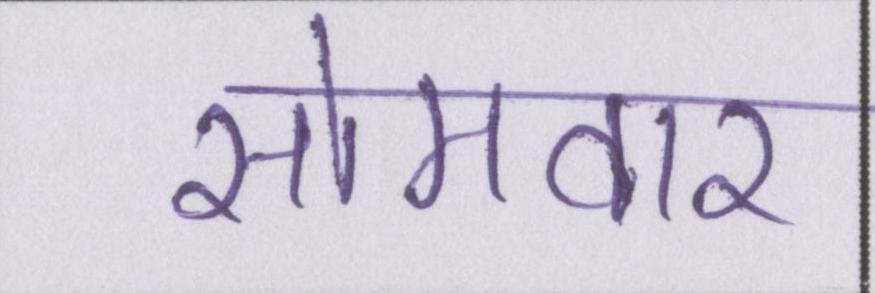
सोमवार